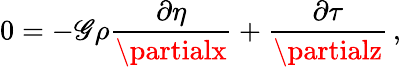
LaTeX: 0=-\mathscr{G}\rho\frac{{\partial\eta}}{{\partialx}}+\frac{{\partial\tau}}{{\partialz}}\, ,